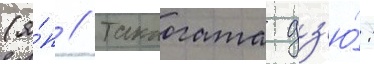
(я́п // Такаогата дз'ю́: